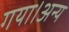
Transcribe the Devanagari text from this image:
गया।अन्य